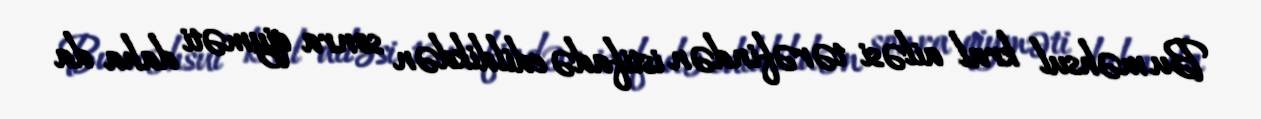
Bu məhsul kral ailəsi tərəfindən istifadə edildikdən sonra qiyməti daha da